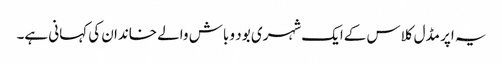
یہ اپر مڈل کلاس کےایک شہری بود و باش والے خاندان کی کہانی ہے۔